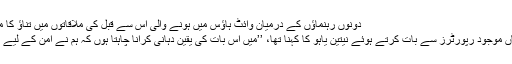
دونوں رہنماؤں کے درمیان وائٹ ہاؤس میں ہونے والی اس سے قبل کی ملاقاتوں میں تناؤ کا ماحول دیکھا جاتا رہا ہے
ملاقات کے آغاز میں وہاں موجود رپورٹرز سے بات کرتے ہوئے نیتین یاہو کا کہنا تھا، ’’میں اس بات کی یقین دہانی کرانا چاہتا ہوں کہ ہم نے امن کے لیے اپنی امیدیں ختم نہیں کیں۔